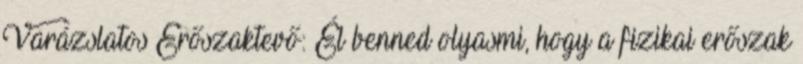
Varázslatos Erőszaktevő: Él benned olyasmi, hogy a fizikai erőszak